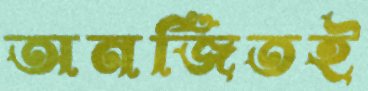
অনর্জিতই